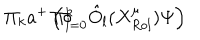
\Pi _ { k } a ^ { + } \left( \circ \hspace { - 0 . 2 7 c m } \Pi _ { l = 0 } ^ { k } \hat { O } _ { l } ( X _ { R o l } ^ { \mu } ) \Psi \right)